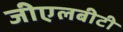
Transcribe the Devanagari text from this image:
जीएलबीटी